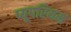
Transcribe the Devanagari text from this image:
प्यूपरियम